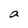
Character: a